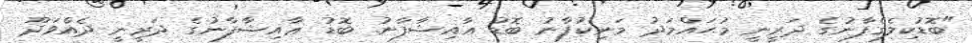
"ބޮޑުކިލެގެފާނުގެ ދަރީނީ މުޙައްމަދު މަނިކުފާނު ބޮޑު ޢާއިޝާފާނު. ބޮޑު ޢާއިޝާފާނުގެ ދަރީނީ ދެއްވަދޫ